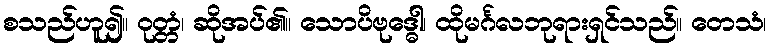
စသည်ဟူ၍။ ဝုတ္တံ၊ ဆိုအပ်၏။ သောပိဗုဒ္ဓေါ၊ ထိုမင်္ဂလဘုရားရှင်သည်။ တေသံ၊